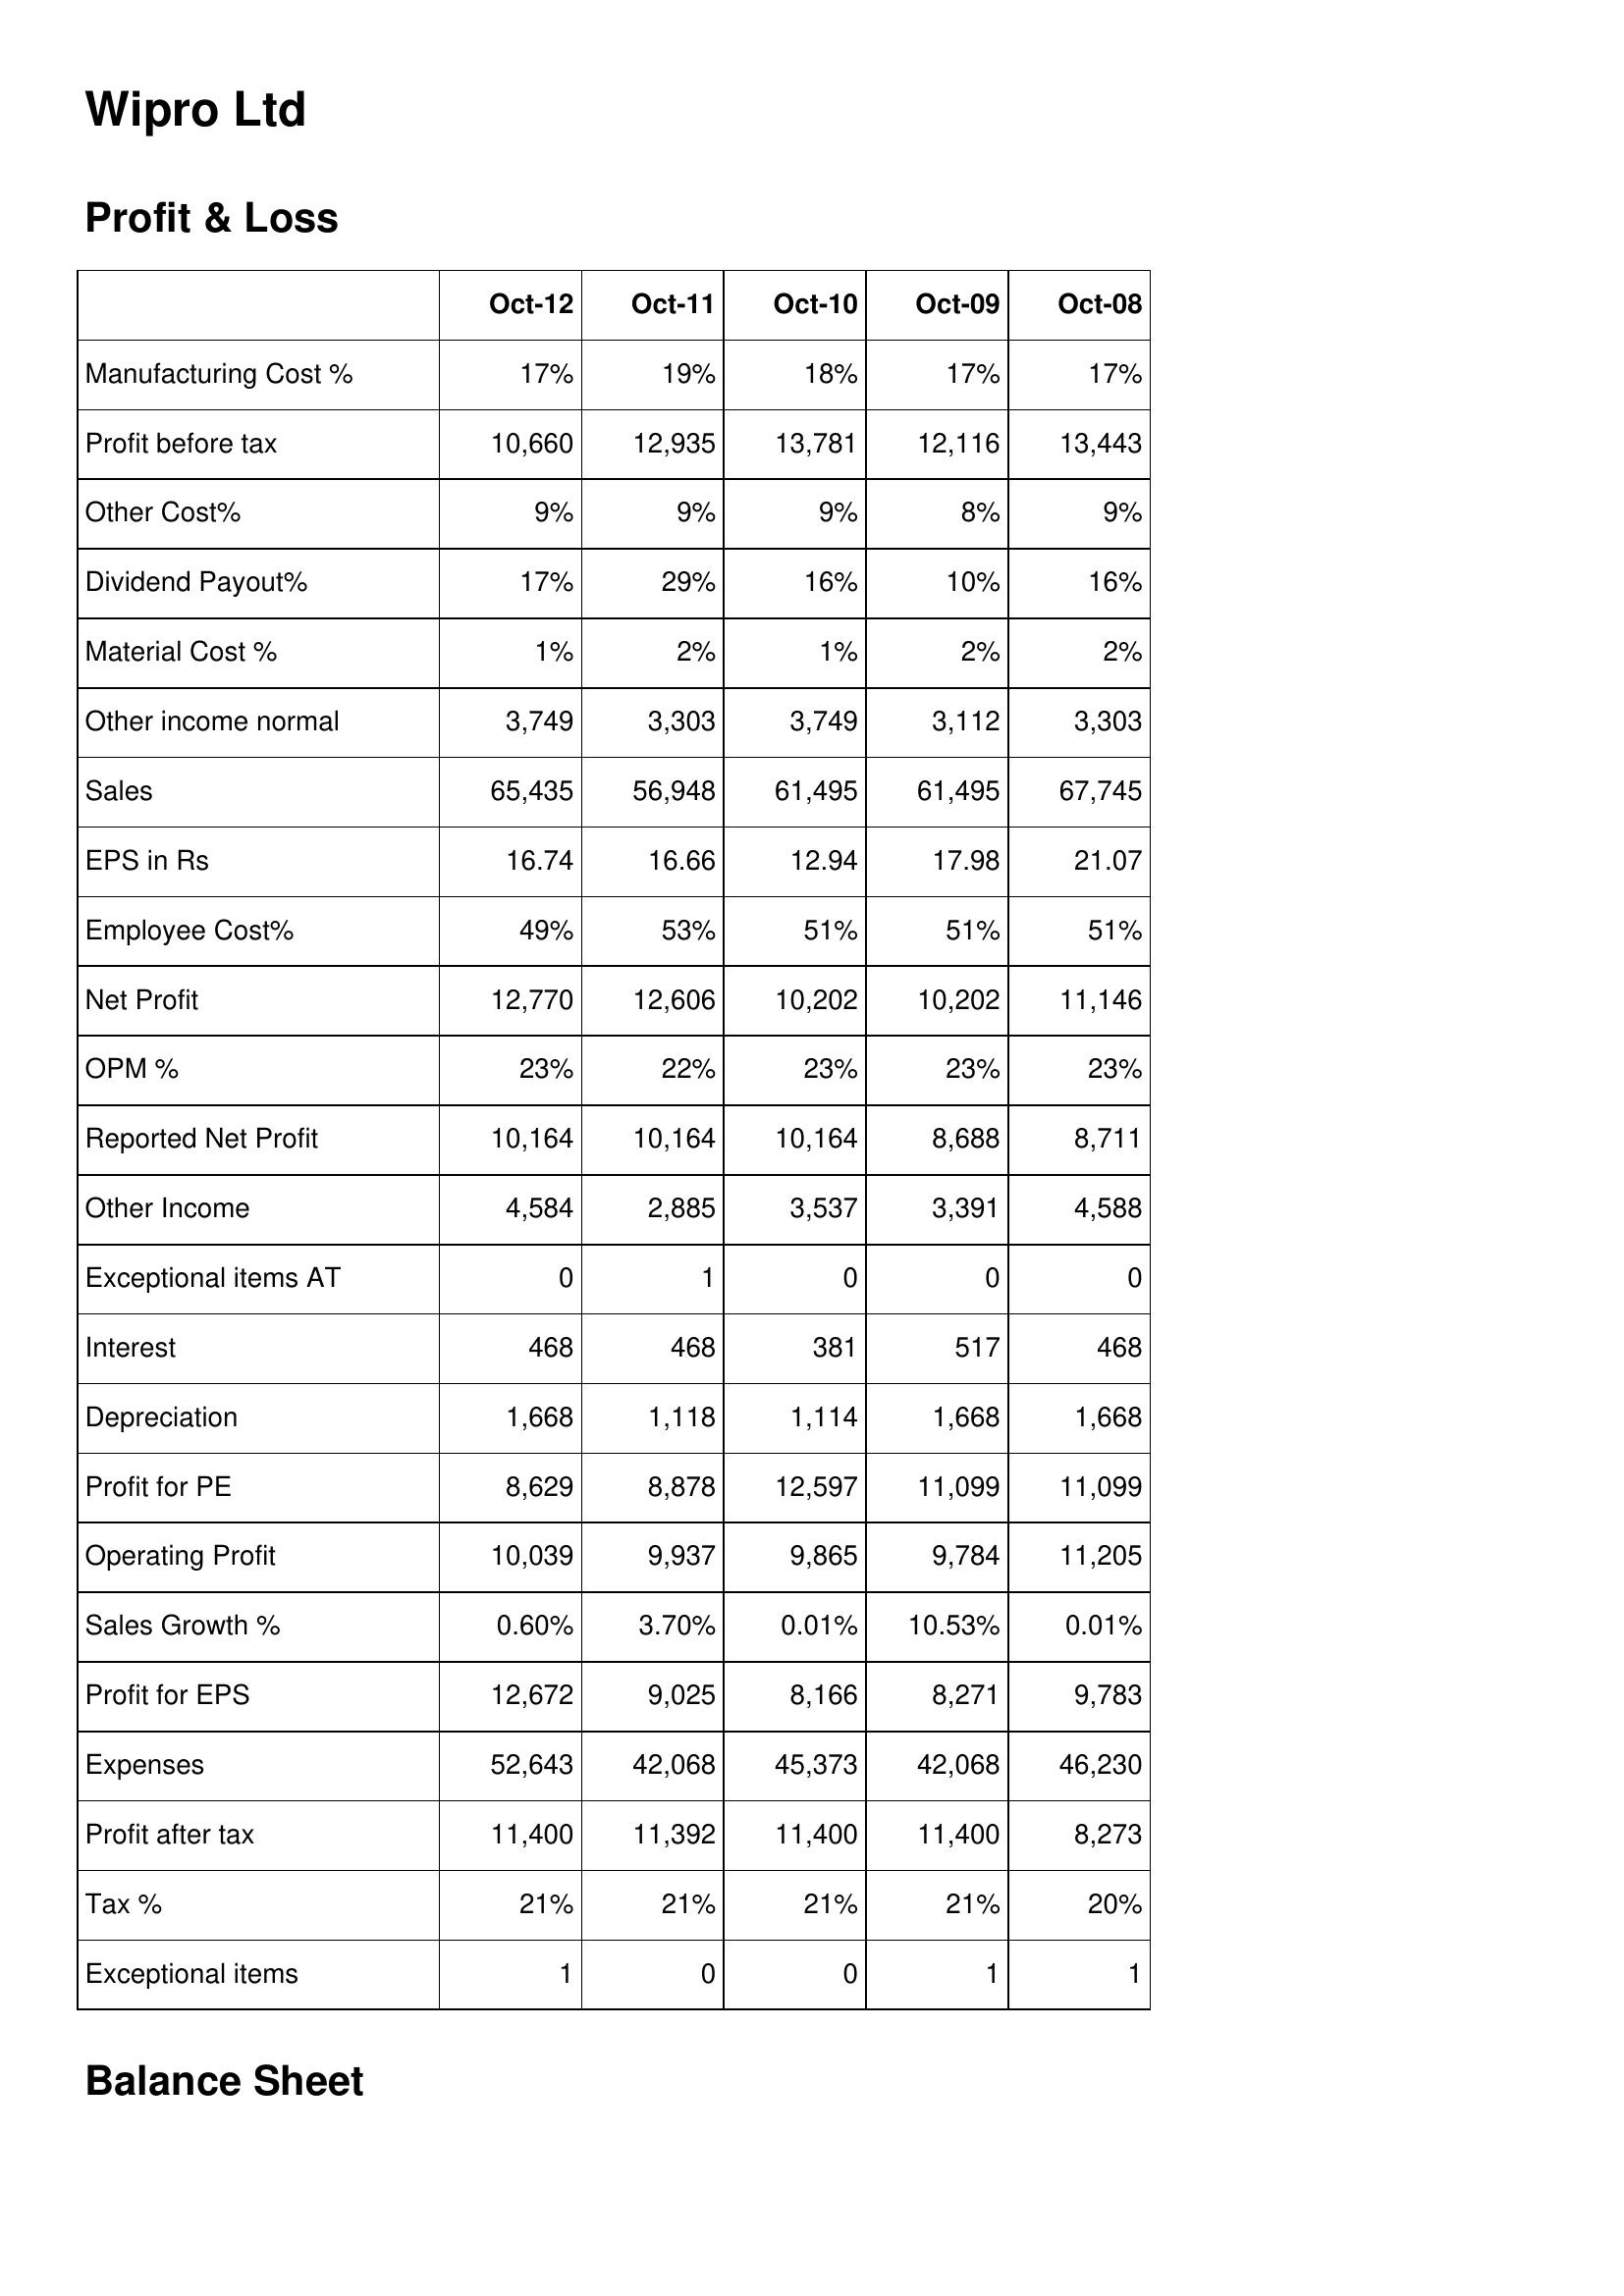
Oct-12: Profit & Loss: Manufacturing Cost %: 17%
Profit before tax: 10,660
Other Cost%: 9%
Dividend Payout%: 17%
Material Cost %: 1%
Other income normal: 3,749
Sales: 65,435
EPS in Rs: 16.74
Employee Cost%: 49%
Net Profit: 12,770
OPM %: 23%
Reported Net Profit: 10,164
Other Income: 4,584
Exceptional items AT: 0
Interest: 468
Depreciation: 1,668
Profit for PE: 8,629
Operating Profit: 10,039
Sales Growth %: 0.60%
Profit for EPS: 12,672
Expenses: 52,643
Profit after tax: 11,400
Tax %: 21%
Exceptional items: 1
Oct-11: Profit & Loss: Manufacturing Cost %: 19%
Profit before tax: 12,935
Other Cost%: 9%
Dividend Payout%: 29%
Material Cost %: 2%
Other income normal: 3,303
Sales: 56,948
EPS in Rs: 16.66
Employee Cost%: 53%
Net Profit: 12,606
OPM %: 22%
Reported Net Profit: 10,164
Other Income: 2,885
Exceptional items AT: 1
Interest: 468
Depreciation: 1,118
Profit for PE: 8,878
Operating Profit: 9,937
Sales Growth %: 3.70%
Profit for EPS: 9,025
Expenses: 42,068
Profit after tax: 11,392
Tax %: 21%
Exceptional items: 0
Oct-10: Profit & Loss: Manufacturing Cost %: 18%
Profit before tax: 13,781
Other Cost%: 9%
Dividend Payout%: 16%
Material Cost %: 1%
Other income normal: 3,749
Sales: 61,495
EPS in Rs: 12.94
Employee Cost%: 51%
Net Profit: 10,202
OPM %: 23%
Reported Net Profit: 10,164
Other Income: 3,537
Exceptional items AT: 0
Interest: 381
Depreciation: 1,114
Profit for PE: 12,597
Operating Profit: 9,865
Sales Growth %: 0.01%
Profit for EPS: 8,166
Expenses: 45,373
Profit after tax: 11,400
Tax %: 21%
Exceptional items: 0
Oct-09: Profit & Loss: Manufacturing Cost %: 17%
Profit before tax: 12,116
Other Cost%: 8%
Dividend Payout%: 10%
Material Cost %: 2%
Other income normal: 3,112
Sales: 61,495
EPS in Rs: 17.98
Employee Cost%: 51%
Net Profit: 10,202
OPM %: 23%
Reported Net Profit: 8,688
Other Income: 3,391
Exceptional items AT: 0
Interest: 517
Depreciation: 1,668
Profit for PE: 11,099
Operating Profit: 9,784
Sales Growth %: 10.53%
Profit for EPS: 8,271
Expenses: 42,068
Profit after tax: 11,400
Tax %: 21%
Exceptional items: 1
Oct-08: Profit & Loss: Manufacturing Cost %: 17%
Profit before tax: 13,443
Other Cost%: 9%
Dividend Payout%: 16%
Material Cost %: 2%
Other income normal: 3,303
Sales: 67,745
EPS in Rs: 21.07
Employee Cost%: 51%
Net Profit: 11,146
OPM %: 23%
Reported Net Profit: 8,711
Other Income: 4,588
Exceptional items AT: 0
Interest: 468
Depreciation: 1,668
Profit for PE: 11,099
Operating Profit: 11,205
Sales Growth %: 0.01%
Profit for EPS: 9,783
Expenses: 46,230
Profit after tax: 8,273
Tax %: 20%
Exceptional items: 1